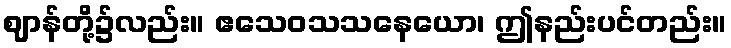
ဈာန်တို့၌လည်း။ ဧသေဝသသနေယော၊ ဤနည်းပင်တည်း။